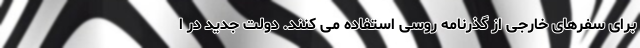
برای سفرهای خارجی از گذرنامه روسی استفاده می کنند. دولت جدید در ا